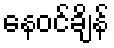
နေဝင်ချိန်